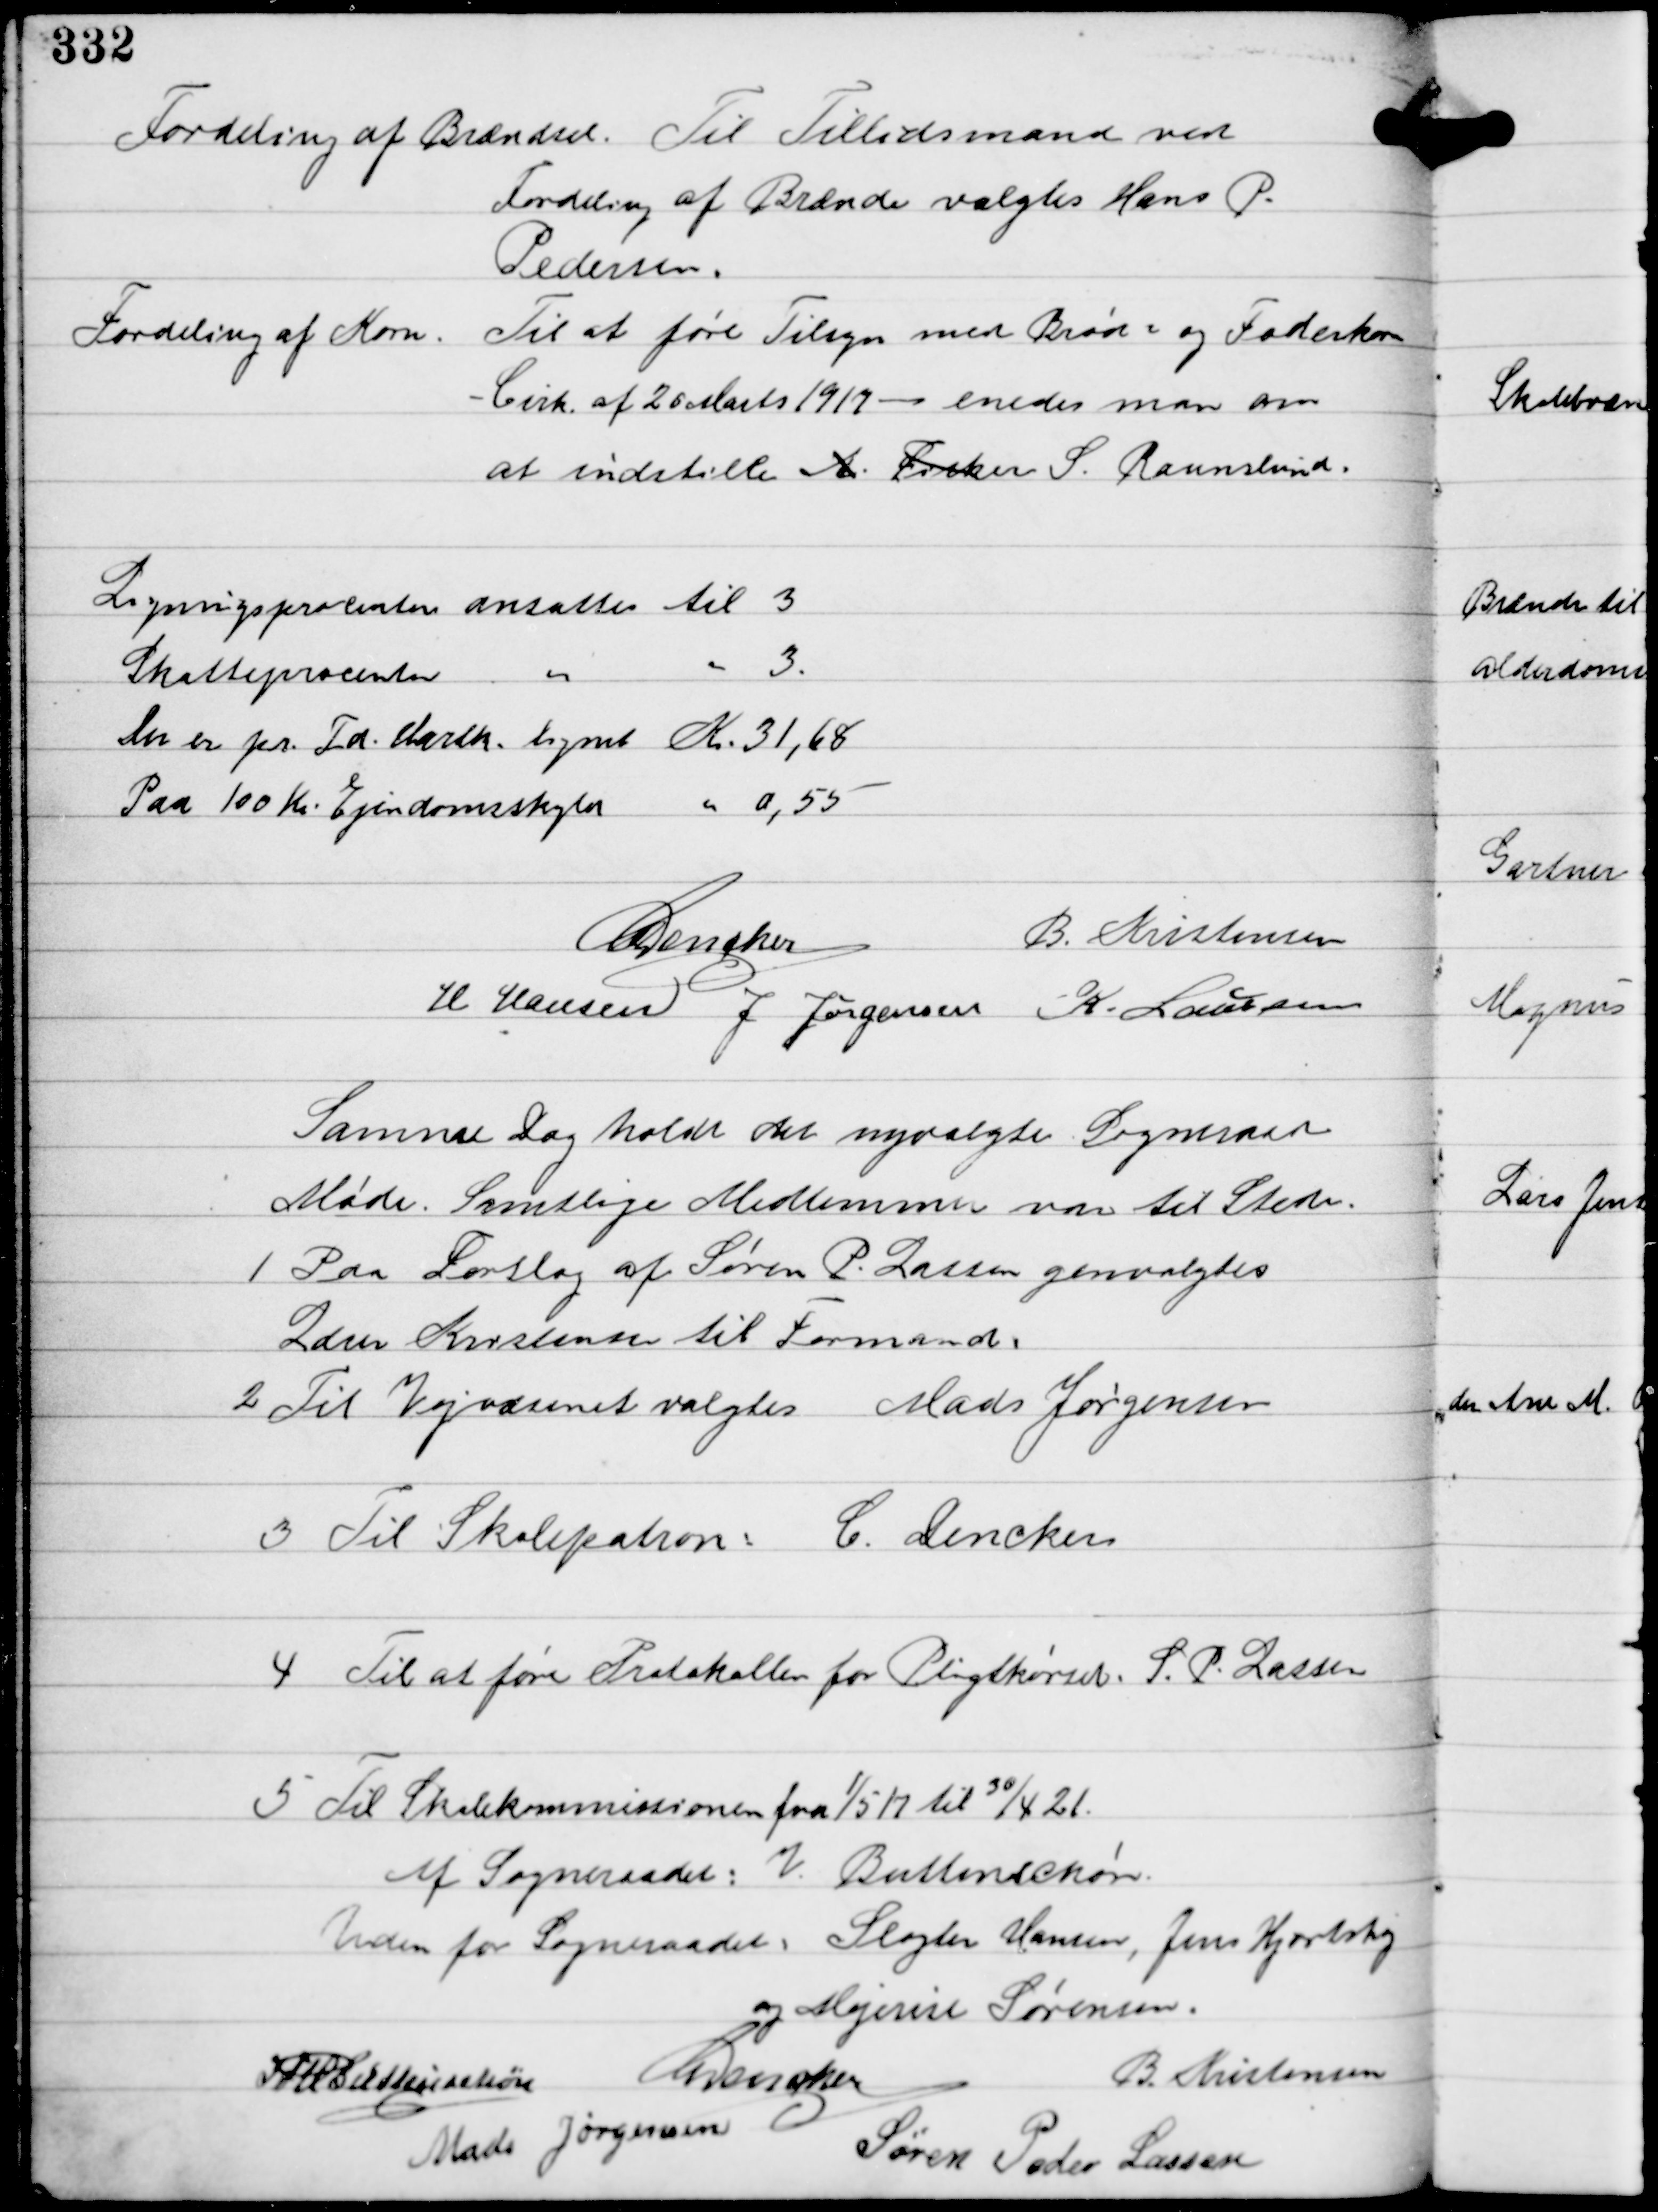
Transskription:
Fordeling af Brændsel. Til Tillidsmand ved
Fordeling af Brænde valgtes Hans P.
Pedersen.
Fordeling af Korn. Til at føre Tilsyn med Brød og Foderkorn
- Cirk. af 26 Marts 1917 - enedes man om
at indstille A. Fisker S. Raunslund.

Ligningsprocenten ansattes til 3
Skatteprocenten " " 3.
Der er pr. Td. Hartk. regnet Kr. 31,68
Paa 100 Kr. Ejendomsskyld " 0,55

C Dencker
B. Kristensen
H Hansen J. Jørgensen K. Laursen

Samme Dag holdt det nyvalgte Sogneraad
Møde. Samtlige Medlemmer var til Stede.
1 Paa Forslag af Søren P. Lassen genvalgtes
Lærer Kristensen til Formand. 
2 Til Vejvæsenet valgtes Mads Jørgensen
3 Til Skolepatron: C. Dencker
4 Til at føre Protokoller for Pligtkørsel. S. P. Lassen
5 Til Skolekommissionen fra 1/5 17 til 30/4 21.
Af Sogneraadet: V. Buttenschøn.
Uden for Sogneraadet: Slagter Hansen, Jens Hjortshøj
og Mejerist Sørensen
IFV Buttenschøn
C Dencker
B. Kristensen
Mads Jørgensen
Søren Peder Lassen